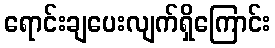
ရောင်းချပေးလျက်ရှိကြောင်း